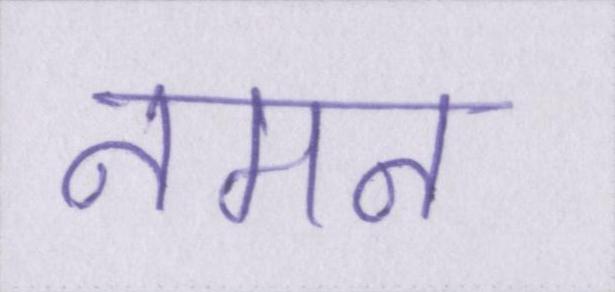
नमन